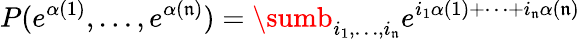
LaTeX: P(e^{\alpha(1)},\dots,e^{\alpha(\mathfrak{n})})=\sumb_{i_{1},\dots,i_{\mathfrak{n}}}e^{i_{1}\alpha(1)+\cdots+i_{\mathfrak{n}}\alpha(\mathfrak{n})}